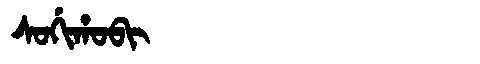
Manchu: ᠰᠣᡤᡳᡥᠣᠪᡳ
Romanization: SOGIHOBI